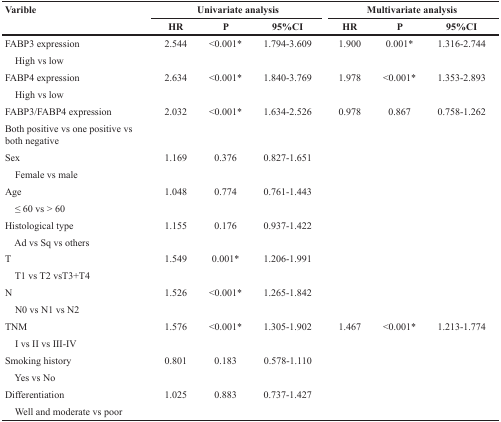
<table><thead><tr><td rowspan="2"><b>Varible</b></td><td colspan="3"><b>Univariate analysis</b></td><td colspan="3"><b>Multivariate analysis</b></td></tr><tr><td><b>HR</b></td><td><b>P</b></td><td><b>95%CI</b></td><td><b>HR</b></td><td><b>P</b></td><td><b>95%CI</b></td></tr></thead><tbody><tr><td>FABP3 expression</td><td>2.544</td><td>&lt;0.001*</td><td>1.794-3.609</td><td>1.900</td><td>0.001*</td><td>1.316-2.744</td></tr><tr><td> High vs low</td><td></td><td></td><td></td><td></td><td></td><td></td></tr><tr><td>FABP4 expression</td><td>2.634</td><td>&lt;0.001*</td><td>1.840-3.769</td><td>1.978</td><td>&lt;0.001*</td><td>1.353-2.893</td></tr><tr><td> High vs low</td><td></td><td></td><td></td><td></td><td></td><td></td></tr><tr><td>FABP3/FABP4 expression</td><td>2.032</td><td>&lt;0.001*</td><td>1.634-2.526</td><td>0.978</td><td>0.867</td><td>0.758-1.262</td></tr><tr><td>Both positive vs one positive vs both negative</td><td></td><td></td><td></td><td></td><td></td><td></td></tr><tr><td>Sex</td><td>1.169</td><td>0.376</td><td>0.827-1.651</td><td></td><td></td><td></td></tr><tr><td> Female vs male</td><td></td><td></td><td></td><td></td><td></td><td></td></tr><tr><td>Age</td><td>1.048</td><td>0.774</td><td>0.761-1.443</td><td></td><td></td><td></td></tr><tr><td> ≤ 60 vs &gt; 60</td><td></td><td></td><td></td><td></td><td></td><td></td></tr><tr><td>Histological type</td><td>1.155</td><td>0.176</td><td>0.937-1.422</td><td></td><td></td><td></td></tr><tr><td> Ad vs Sq vs others</td><td></td><td></td><td></td><td></td><td></td><td></td></tr><tr><td>T</td><td>1.549</td><td>0.001*</td><td>1.206-1.991</td><td></td><td></td><td></td></tr><tr><td> T1 vs T2 vsT3+T4</td><td></td><td></td><td></td><td></td><td></td><td></td></tr><tr><td>N</td><td>1.526</td><td>&lt;0.001*</td><td>1.265-1.842</td><td></td><td></td><td></td></tr><tr><td> N0 vs N1 vs N2</td><td></td><td></td><td></td><td></td><td></td><td></td></tr><tr><td>TNM</td><td>1.576</td><td>&lt;0.001*</td><td>1.305-1.902</td><td>1.467</td><td>&lt;0.001*</td><td>1.213-1.774</td></tr><tr><td> I vs II vs III-IV</td><td></td><td></td><td></td><td></td><td></td><td></td></tr><tr><td>Smoking history</td><td>0.801</td><td>0.183</td><td>0.578-1.110</td><td></td><td></td><td></td></tr><tr><td> Yes vs No</td><td></td><td></td><td></td><td></td><td></td><td></td></tr><tr><td>Differentiation</td><td>1.025</td><td>0.883</td><td>0.737-1.427</td><td></td><td></td><td></td></tr><tr><td> Well and moderate vs poor</td><td></td><td></td><td></td><td></td><td></td><td></td></tr></tbody></table>